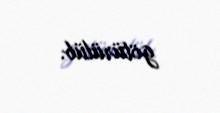
götürülüb.